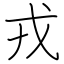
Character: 戎